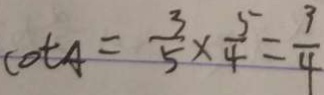
\cot A = \frac { 3 } { 5 } \times \frac { 5 } { 4 } = \frac { 3 } { 4 }